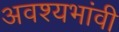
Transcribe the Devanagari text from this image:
अवश्यभांवी